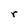
Character: r